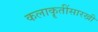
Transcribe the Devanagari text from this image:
कलाकॄतींसारखी